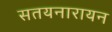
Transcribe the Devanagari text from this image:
सतयनारायन